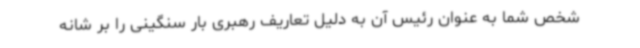
شخص شما به عنوان رئیس آن به دلیل تعاریف رهبری بار سنگینی را بر شانه